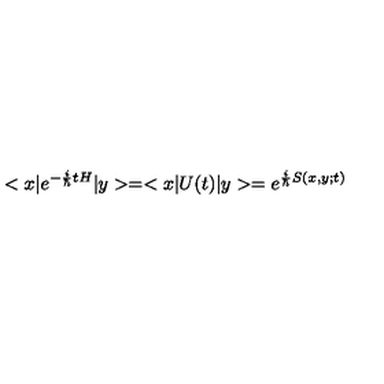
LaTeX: < x | e ^ { - { \frac { i } { \hbar } } t H } | y > = < x | U ( t ) | y > = e ^ { { \frac { i } { \hbar } } S ( x , y ; t ) }